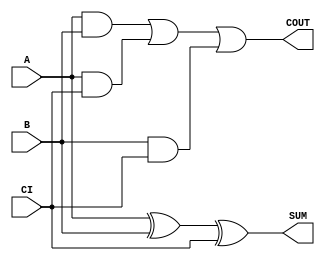
module sky130_fd_sc_ls__fah (
    COUT,
    SUM ,
    A   ,
    B   ,
    CI
);
    output COUT;
    output SUM ;
    input  A   ;
    input  B   ;
    input  CI  ;
    wire xor0_out_SUM;
    wire a_b         ;
    wire a_ci        ;
    wire b_ci        ;
    wire or0_out_COUT;
    xor xor0 (xor0_out_SUM, A, B, CI       );
    buf buf0 (SUM         , xor0_out_SUM   );
    and and0 (a_b         , A, B           );
    and and1 (a_ci        , A, CI          );
    and and2 (b_ci        , B, CI          );
    or  or0  (or0_out_COUT, a_b, a_ci, b_ci);
    buf buf1 (COUT        , or0_out_COUT   );
endmodule